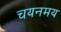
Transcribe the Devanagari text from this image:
चयनमय